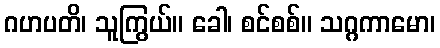
ဂဟပတိ၊ သူကြွယ်။ ခေါ၊ စင်စစ်။ သဂ္ဂကာမော၊